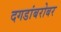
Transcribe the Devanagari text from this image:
दगडांबरोबर